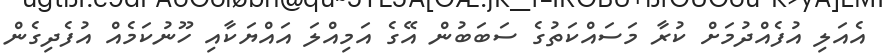
އެއަލި އުފެއްދުމަށް ކުރާ މަސައްކަތުގެ ސަބަބުން އޭގެ އަމިއްލަ އައްޔަކާއި ހޫނުކަމެއް އުފެދިގެން